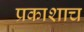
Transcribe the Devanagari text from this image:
प्रकाशाच